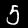
Digit: 5